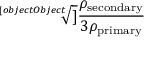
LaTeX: \sqrt [ [object Object] ] { \frac { \rho _ { \mathrm { s e c o n d a r y } } } { 3 \rho _ { \mathrm { p r i m a r y } } } }